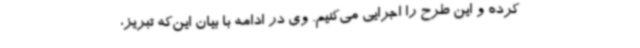
کرده و این طرح را اجرایی می‌کنیم. وی در ادامه با بیان این‌که تبریز،